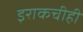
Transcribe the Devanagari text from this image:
इराकचीही